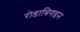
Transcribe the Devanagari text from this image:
रोडाबिगडन